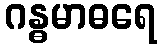
ဂန္ဓမာဓရေ